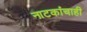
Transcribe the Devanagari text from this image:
नाटकांचाही